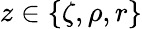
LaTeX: z\in\{ \zeta,\rho,r\}